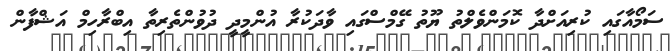
ސަމޯއާގައި ކުރިއަށްދާ ކޮމަންވެލްތުު ޔޫތު ގޭމްސްގައި ވާދަކުރާ އުންމީދީ ދުވުންތެރިތާ އިބްރާހިމް އަޝްފާން